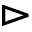
\vartriangleright